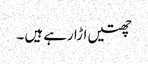
چھتیں اڑا رہے ہیں ۔